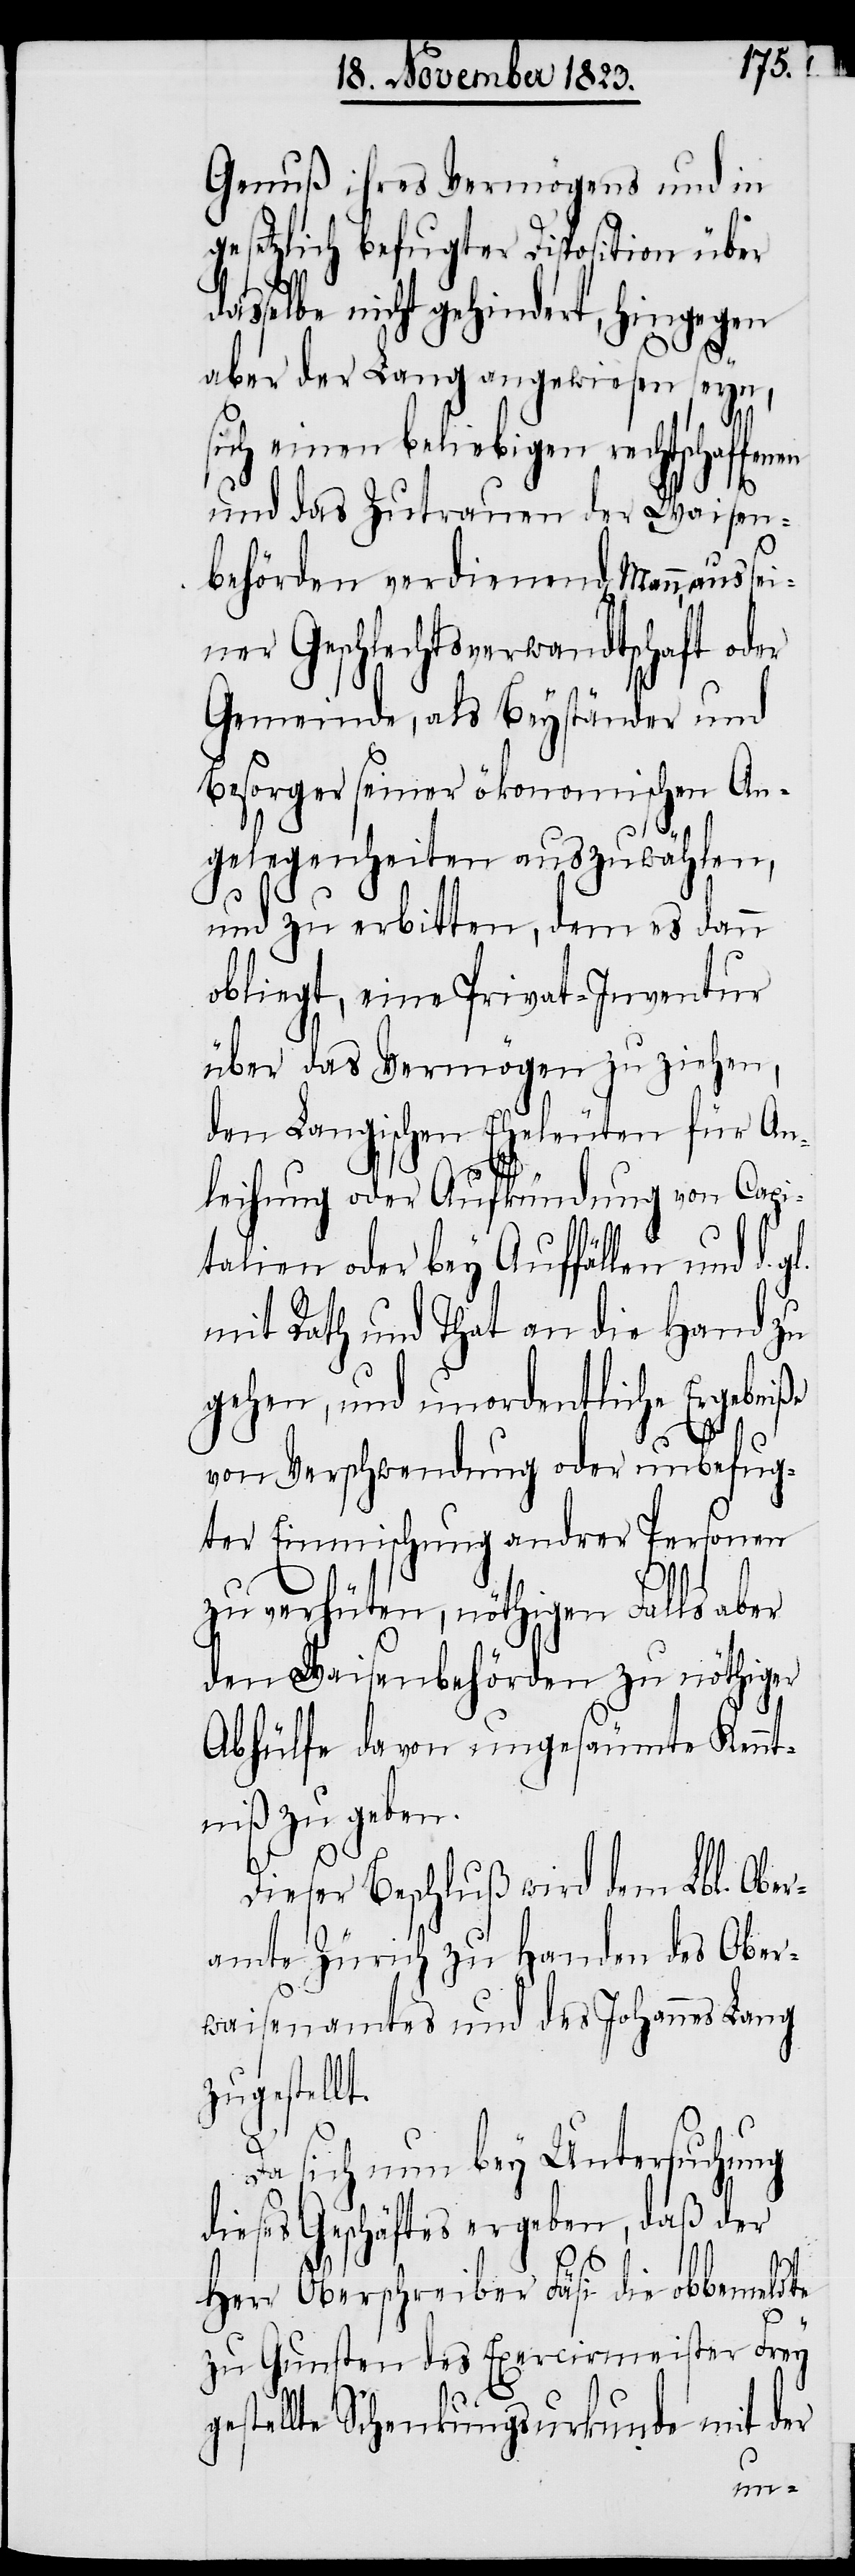
Genuß ihres Vermögens und in
gesetzlich befugter Disposition über
asselbe nicht gehindert, hingegen
d¬
aber der Lang angewiesen seyn,
sich einen beliebigen rechtschaf¬
und das Zutrauen der Waisen¬
g¬
behörden verdienend[en] Mann, aus sei¬
ner Geschlechtsverwandtschaft oder
Gemeinde, als Beyständer und
Besorger seiner ökonomischen An¬
gelegenheiten auszuwählen,
und zu erbitten, dem es dann
obliegt, eine Privat-Inventur
über das Vermögen zu ziehen,
den Langischen Eheleuten für An¬
leihung oder Aufkündung von Capi¬
talien oder bey Auffällen und d.
mit Rath und That an die Hand zu
gehen, und unordentliche Ergebniße
gl.
von Verschwendung oder unbefug¬
ter Einmischung andrer Personen
zu verhüten, nöthigen Falls aber
den Waisenbehörden zu nöthiger
Abhülfe davon ungesäumte Kennt¬
niß zu geben.
Dieser Beschluß wird dem Lbl. Ober¬
amte Zürich zu Handen des Ober¬
waisenamtes und des Johannes Lang
zugestellt.
Da sich nun bey Untersuchung
dieses Geschäftes ergeben, daß der
Herr Oberschreiber Fäsi die obbemeldte
zu Gunsten des Exercirmeister Frey
estellte Schenkungsurkunde mit der
fenen